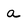
Character: a